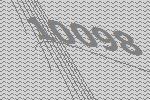
10098